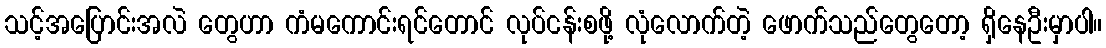
သင့်အပြောင်းအလဲ တွေဟာ ကံမကောင်းရင်တောင် လုပ်ငန်းစဖို့ လုံလောက်တဲ့ ဖောက်သည်တွေတော့ ရှိနေဦးမှာပါ။